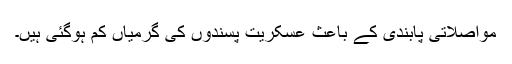
مواصلاتی پابندی کے باعث عسکریت پسندوں کی گرمیاں کم ہوگئی ہیں۔